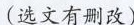
(选文有删改)